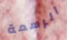
الرسمة